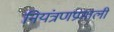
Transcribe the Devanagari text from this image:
नियंत्रणप्रणाली